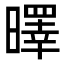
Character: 曎